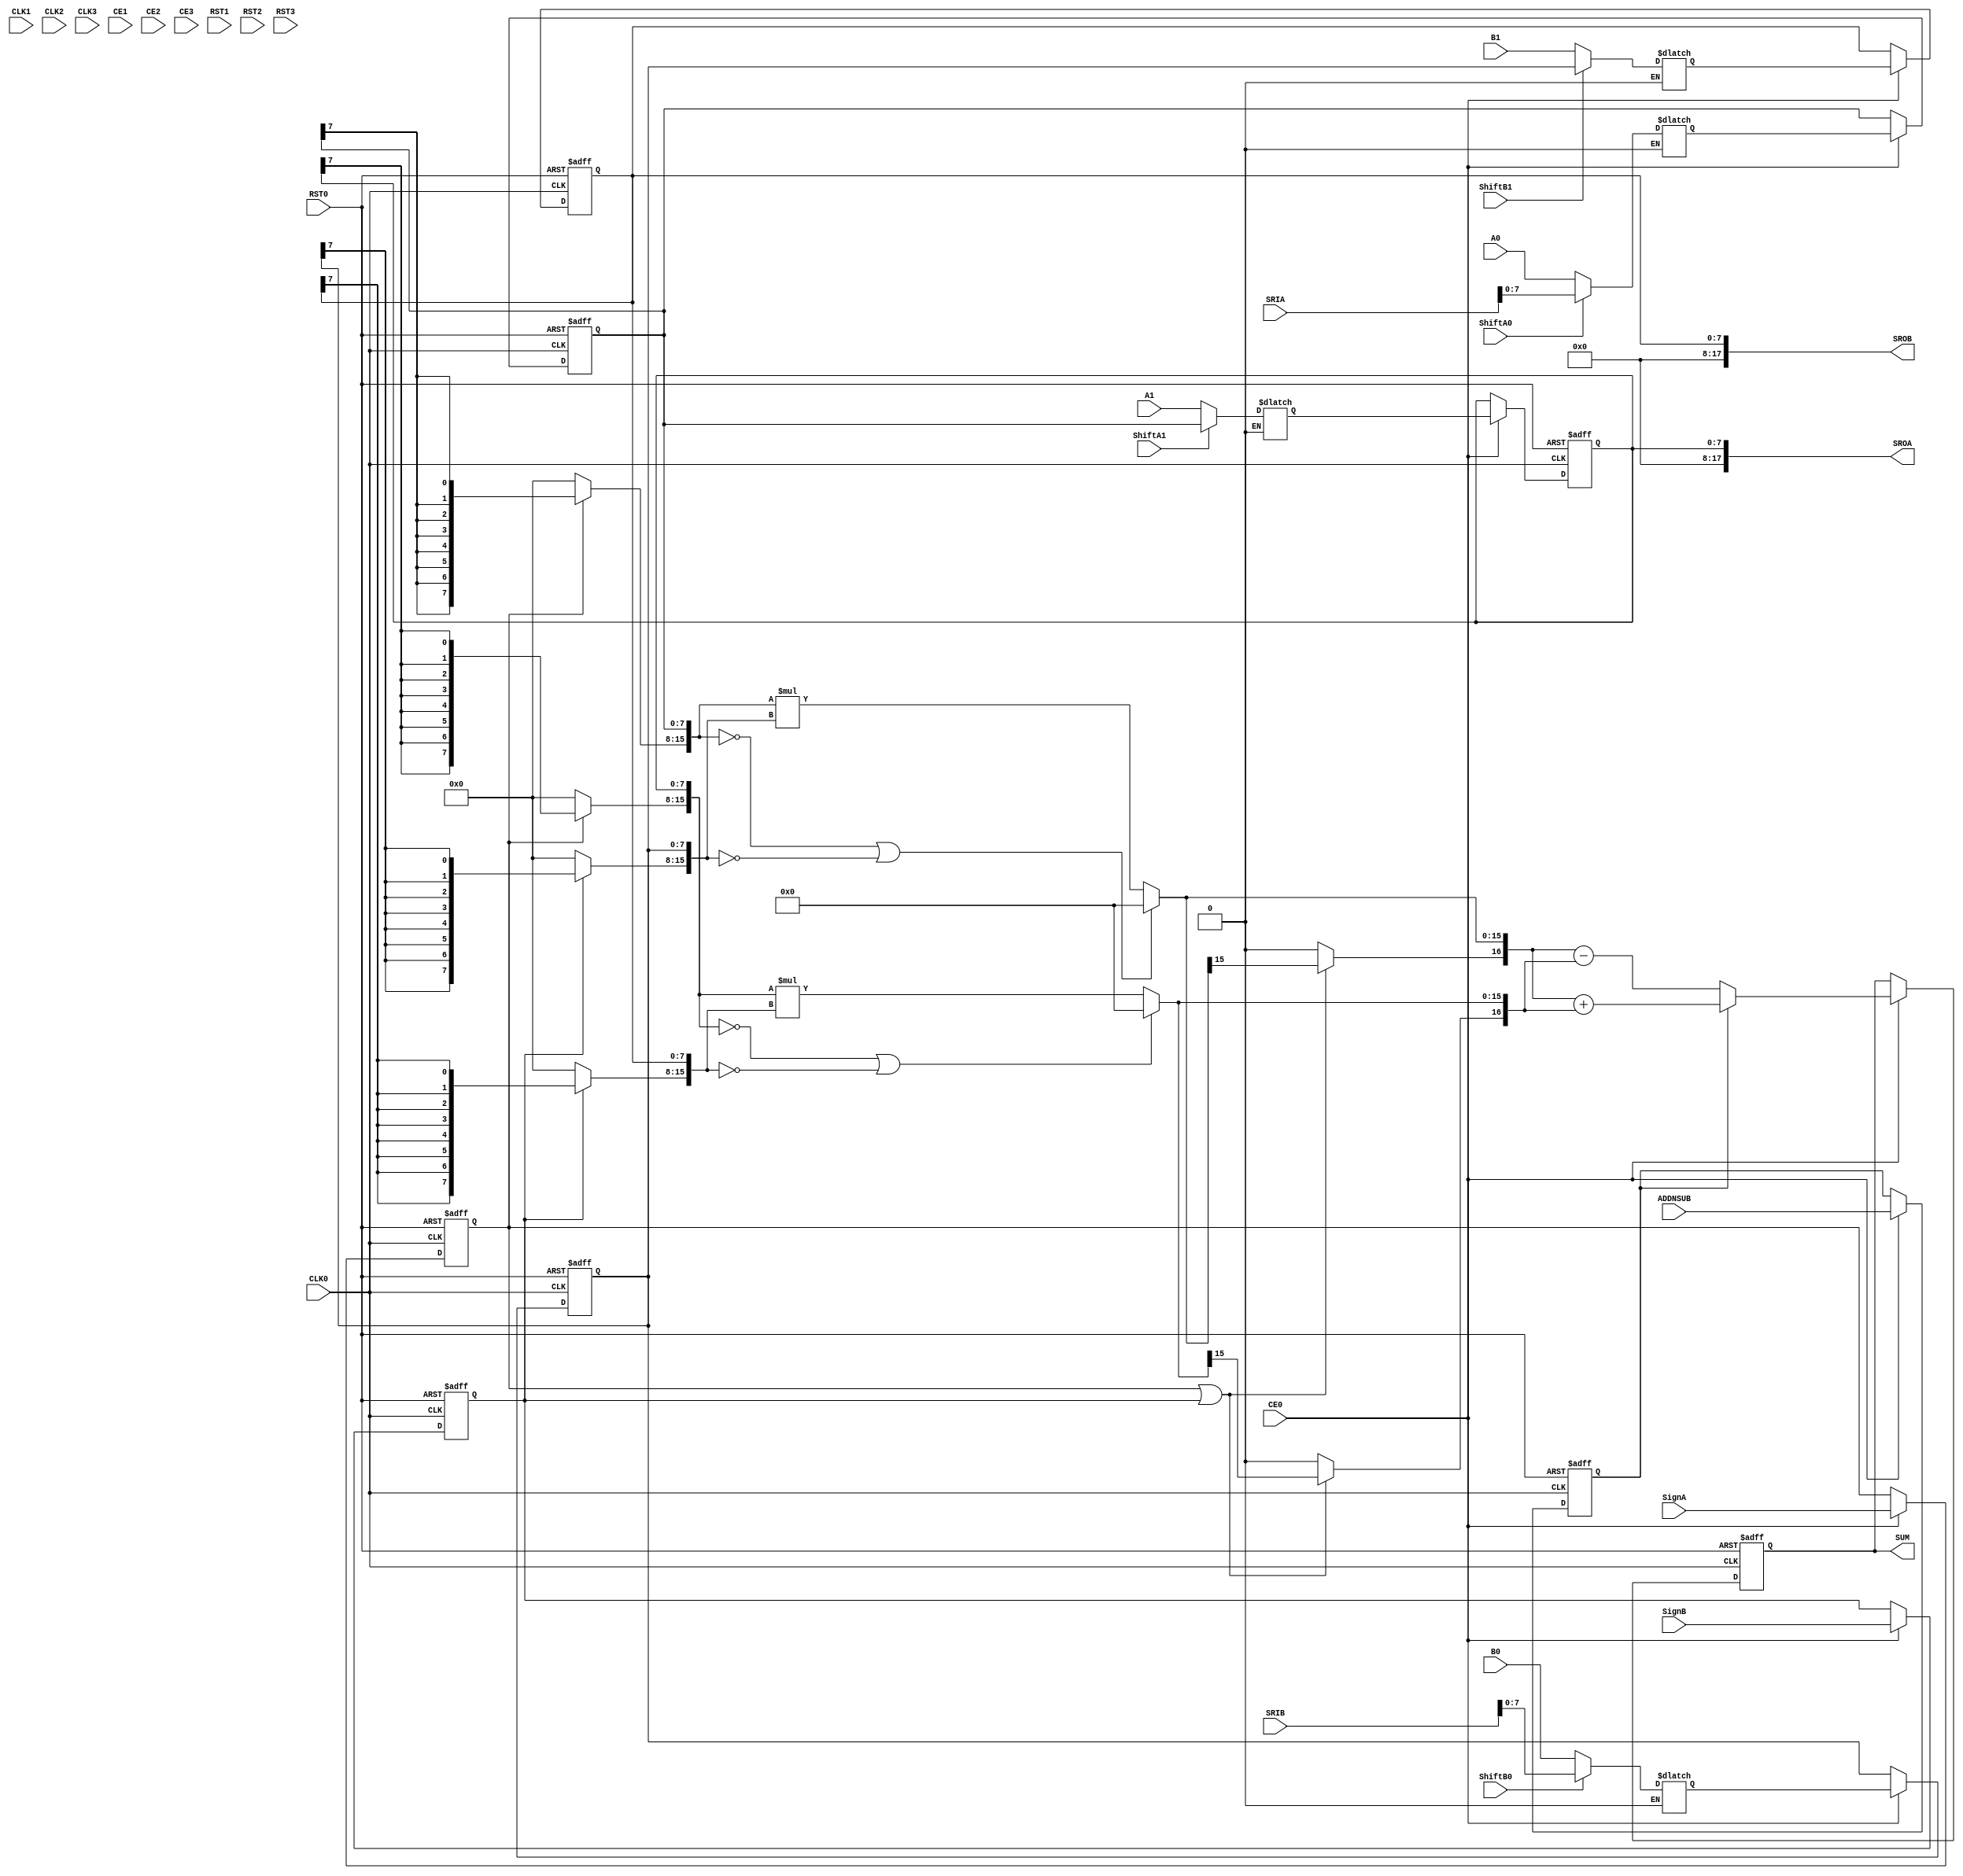
// --------------------------------------------------------------------
// >>>>>>>>>>>>>>>>>>>>>>>>> COPYRIGHT NOTICE <<<<<<<<<<<<<<<<<<<<<<<<<
// --------------------------------------------------------------------
// Copyright (c) 2005-2010 by Lattice Semiconductor Corporation
// --------------------------------------------------------------------
//
//
//                     Lattice Semiconductor Corporation
//                     5555 NE Moore Court
//                     Hillsboro, OR 97214
//                     U.S.A.
//
//                     TEL: 1-800-Lattice  (USA and Canada)
//                          1-408-826-6000 (other locations)
//
//                     web: http://www.latticesemi.com/
//
// --------------------------------------------------------------------
//
// Simulation Library File for DSP based Multiplier PMI
//
// Parameter Definition
//Name                               Value                             Default
/*
------------------------------------------------------------------------------
  pmi_dataa_width                   2 to 72                               8
  pmi_datab_width                   2 to 72                               8
  pmi_additional_pipeline           0 | 1                                 0
  pmi_input_reg                    "on"|"off"                           "on"
  pmi_output_reg                   "on"|"off"                           "on"
  pmi_family          "ECP"|"ECP2"|"ECP2M"|"XP2"|"ECP3"|"ECP4"          "ECP2"
  pmi_gsr                          "enable"|"disable"                 "enable"
  pmi_source_control_a0            "parallel"|"shift"               "parallel"
  pmi_source_control_a1            "parallel"|"shift"               "parallel"
  pmi_source_control_b0            "parallel"|"shift"               "parallel"
  pmi_source_control_b1            "parallel"|"shift"               "parallel"
  pmi_reg_inputa0_clk              "CLK0"|"CLK1"|"CLK2"|"CLK3"          "CLK0"
  pmi_reg_inputa0_ce               "CE0"|"CE1"|"CE2"|"CE3"              "CE0"
  pmi_reg_inputa0_rst              "RST0"|"RST1"|"RST2"|"RST3"          "RST0"
  pmi_reg_inputa1_clk              "CLK0"|"CLK1"|"CLK2"|"CLK3"          "CLK0"
  pmi_reg_inputa1_ce               "CE0"|"CE1"|"CE2"|"CE3"              "CE0"
  pmi_reg_inputa1_rst              "RST0"|"RST1"|"RST2"|"RST3"          "RST0"
  pmi_reg_inputb0_clk              "CLK0"|"CLK1"|"CLK2"|"CLK3"          "CLK0"
  pmi_reg_inputb0_ce               "CE0"|"CE1"|"CE2"|"CE3"              "CE0"
  pmi_reg_inputb0_rst              "RST0"|"RST1"|"RST2"|"RST3"          "RST0"
  pmi_reg_inputb1_clk              "CLK0"|"CLK1"|"CLK2"|"CLK3"          "CLK0"
  pmi_reg_inputb1_ce               "CE0"|"CE1"|"CE2"|"CE3"              "CE0"
  pmi_reg_inputb1_rst              "RST0"|"RST1"|"RST2"|"RST3"          "RST0"
  pmi_reg_pipeline0_clk            "CLK0"|"CLK1"|"CLK2"|"CLK3"          "CLK0"
  pmi_reg_pipeline0_ce             "CE0"|"CE1"|"CE2"|"CE3"              "CE0"
  pmi_reg_pipeline0_rst            "RST0"|"RST1"|"RST2"|"RST3"          "RST0"
  pmi_reg_pipeline1_clk            "CLK0"|"CLK1"|"CLK2"|"CLK3"          "CLK0"
  pmi_reg_pipeline1_ce             "CE0"|"CE1"|"CE2"|"CE3"              "CE0"
  pmi_reg_pipeline1_rst            "RST0"|"RST1"|"RST2"|"RST3"          "RST0"
  pmi_reg_output_clk               "CLK0"|"CLK1"|"CLK2"|"CLK3"          "CLK0"
  pmi_reg_output_ce                "CE0"|"CE1"|"CE2"|"CE3"              "CE0"
  pmi_reg_output_rst               "RST0"|"RST1"|"RST2"|"RST3"          "RST0"
  pmi_reg_signeda_0_clk            "CLK0"|"CLK1"|"CLK2"|"CLK3"          "CLK0"
  pmi_reg_signeda_0_ce             "CE0"|"CE1"|"CE2"|"CE3"              "CE0"
  pmi_reg_signeda_0_rst            "RST0"|"RST1"|"RST2"|"RST3"          "RST0"
  pmi_reg_signeda_1_clk            "CLK0"|"CLK1"|"CLK2"|"CLK3"          "CLK0"
  pmi_reg_signeda_1_ce             "CE0"|"CE1"|"CE2"|"CE3"              "CE0"
  pmi_reg_signeda_1_rst            "RST0"|"RST1"|"RST2"|"RST3"          "RST0"
  pmi_reg_signedb_0_clk            "CLK0"|"CLK1"|"CLK2"|"CLK3"          "CLK0"
  pmi_reg_signedb_0_ce             "CE0"|"CE1"|"CE2"|"CE3"              "CE0"
  pmi_reg_signedb_0_rst            "RST0"|"RST1"|"RST2"|"RST3"          "RST0"
  pmi_reg_signedb_1_clk            "CLK0"|"CLK1"|"CLK2"|"CLK3"          "CLK0"
  pmi_reg_signedb_1_ce             "CE0"|"CE1"|"CE2"|"CE3"              "CE0"
  pmi_reg_signedb_1_rst            "RST0"|"RST1"|"RST2"|"RST3"          "RST0"
  pmi_reg_addnsub_0_clk            "CLK0"|"CLK1"|"CLK2"|"CLK3"          "CLK0"
  pmi_reg_addnsub_0_ce             "CE0"|"CE1"|"CE2"|"CE3"              "CE0"
  pmi_reg_addnsub_0_rst            "RST0"|"RST1"|"RST2"|"RST3"          "RST0"
  pmi_reg_addnsub_1_clk            "CLK0"|"CLK1"|"CLK2"|"CLK3"          "CLK0"
  pmi_reg_addnsub_1_ce             "CE0"|"CE1"|"CE2"|"CE3"              "CE0"
  pmi_reg_addnsub_1_rst            "RST0"|"RST1"|"RST2"|"RST3"          "RST0"
  pmi_pipelined_mode               "on"|"off"                           "off"
------------------------------------------------------------------------------
*/
// fpga\verilog\pkg\versclibs\data\pmi\pmi_dsp_multaddsub.v 1.20 31-DEC-2010 08:44:34 IALMOHAN
//

`timescale  1 ns / 1 ps

module pmi_dsp_multaddsub
 #(parameter pmi_dataa_width = 8,
   parameter pmi_datab_width = 8,
   parameter pmi_additional_pipeline = 0,
   parameter pmi_input_reg = "on",
   parameter pmi_output_reg = "on",
   parameter pmi_family = "ECP2",
   parameter pmi_gsr = "enable",
   parameter pmi_source_control_a0 = "parallel",
   parameter pmi_source_control_a1 = "parallel",
   parameter pmi_source_control_b0 = "parallel",
   parameter pmi_source_control_b1 = "parallel",
   parameter pmi_reg_inputa0_clk = "CLK0",
   parameter pmi_reg_inputa0_ce = "CE0",
   parameter pmi_reg_inputa0_rst = "RST0",
   parameter pmi_reg_inputa1_clk = "CLK0",
   parameter pmi_reg_inputa1_ce = "CE0",
   parameter pmi_reg_inputa1_rst = "RST0",
   parameter pmi_reg_inputb0_clk = "CLK0",
   parameter pmi_reg_inputb0_ce = "CE0",
   parameter pmi_reg_inputb0_rst = "RST0",
   parameter pmi_reg_inputb1_clk = "CLK0",
   parameter pmi_reg_inputb1_ce = "CE0",
   parameter pmi_reg_inputb1_rst = "RST0",
   parameter pmi_reg_pipeline0_clk = "CLK0",
   parameter pmi_reg_pipeline0_ce = "CE0",
   parameter pmi_reg_pipeline0_rst = "RST0",
   parameter pmi_reg_pipeline1_clk = "CLK0",
   parameter pmi_reg_pipeline1_ce = "CE0",
   parameter pmi_reg_pipeline1_rst = "RST0",
   parameter pmi_reg_output_clk = "CLK0",
   parameter pmi_reg_output_ce = "CE0",
   parameter pmi_reg_output_rst = "RST0",
   parameter pmi_reg_signeda_0_clk = "CLK0",
   parameter pmi_reg_signeda_0_ce = "CE0",
   parameter pmi_reg_signeda_0_rst = "RST0",
   parameter pmi_reg_signeda_1_clk = "CLK0",
   parameter pmi_reg_signeda_1_ce = "CE0",
   parameter pmi_reg_signeda_1_rst = "RST0",
   parameter pmi_reg_signedb_0_clk = "CLK0",
   parameter pmi_reg_signedb_0_ce = "CE0",
   parameter pmi_reg_signedb_0_rst = "RST0",
   parameter pmi_reg_signedb_1_clk = "CLK0",
   parameter pmi_reg_signedb_1_ce = "CE0",
   parameter pmi_reg_signedb_1_rst = "RST0",
   parameter pmi_reg_addnsub_0_clk = "CLK0",
   parameter pmi_reg_addnsub_0_ce = "CE0",
   parameter pmi_reg_addnsub_0_rst = "RST0",
   parameter pmi_reg_addnsub_1_clk = "CLK0",
   parameter pmi_reg_addnsub_1_ce = "CE0",
   parameter pmi_reg_addnsub_1_rst = "RST0",
   parameter pmi_pipelined_mode = "off",
   parameter module_type = "pmi_dsp_multaddsub")

  (input [(pmi_dataa_width-1):0]       A0, 
   input [(pmi_dataa_width-1):0]       A1,
   input [(pmi_datab_width-1):0]       B0, 
   input [(pmi_datab_width-1):0]       B1,
   input [17:0]       SRIA,
   input [17:0]       SRIB,
   input CLK0,
   input CLK1,
   input CLK2,
   input CLK3,
   input CE0,
   input CE1,
   input CE2,
   input CE3,
   input RST0,
   input RST1,
   input RST2,
   input RST3,
   input SignA,
   input SignB,
   input ShiftA0,
   input ShiftA1,
   input ShiftB0,
   input ShiftB1,
   input ADDNSUB,
   output [(pmi_dataa_width + pmi_datab_width):0]  SUM,
   output [17:0]  SROA,
   output [17:0]  SROB)/*synthesis syn_black_box*/;

//pragma translate_off
reg [(pmi_dataa_width + pmi_datab_width):0] sum_o, sum_o2, sum_o3;
reg input_a0_clk_sig, input_b0_clk_sig;
reg input_a1_clk_sig, input_b1_clk_sig;
reg pipeline0_clk_sig, pipeline1_clk_sig, output_clk_sig;
reg reg_ctrl_clk_sig_a_0, reg_ctrl_clk_sig_b_0;
reg reg_ctrl_clk_sig_a_1, reg_ctrl_clk_sig_b_1;
reg input_a0_ce_sig, input_b0_ce_sig;
reg input_a1_ce_sig, input_b1_ce_sig;
reg pipeline0_ce_sig, pipeline1_ce_sig, output_ce_sig;
reg reg_ctrl_ce_sig_a_0, reg_ctrl_ce_sig_b_0;
reg reg_ctrl_ce_sig_a_1, reg_ctrl_ce_sig_b_1;
reg input_a0_rst_sig, input_b0_rst_sig;
reg input_a1_rst_sig, input_b1_rst_sig;
reg pipeline0_rst_sig, pipeline1_rst_sig, output_rst_sig;
reg reg_ctrl_rst_sig_a_0, reg_ctrl_rst_sig_b_0;
reg reg_ctrl_rst_sig_a_1, reg_ctrl_rst_sig_b_1;
reg reg_addnsub_0_clk_sig, reg_addnsub_1_clk_sig;
reg reg_addnsub_0_ce_sig, reg_addnsub_1_ce_sig;
reg reg_addnsub_0_rst_sig, reg_addnsub_1_rst_sig;
reg signeda_reg2, signedb_reg2;
reg addnsub_reg1, addnsub_p1, addnsub_reg2, addnsub_p2;
reg [(pmi_dataa_width-1):0] a0_sig;
reg [(pmi_dataa_width-1):0] a1_sig;
reg [(pmi_dataa_width-1):0] a0_sig_reg;
reg [(pmi_dataa_width-1):0] a1_sig_reg;
reg [(pmi_dataa_width-1):0] a0_sig_p;
reg [(pmi_dataa_width-1):0] a1_sig_p;
reg [(pmi_datab_width-1):0] b0_sig;
reg [(pmi_datab_width-1):0] b1_sig;
reg [(pmi_datab_width-1):0] b0_sig_reg;
reg [(pmi_datab_width-1):0] b1_sig_reg;
reg [(pmi_datab_width-1):0] b0_sig_p;
reg [(pmi_datab_width-1):0] b1_sig_p;
reg signeda_reg1, signeda_p1, signeda_p2;
reg signedb_reg1, signedb_p1, signedb_p2;
reg [(pmi_dataa_width + pmi_datab_width - 1):0] a0_sig_m;
reg [(pmi_dataa_width + pmi_datab_width - 1):0] a1_sig_m;
reg [(pmi_dataa_width + pmi_datab_width - 1):0] b0_sig_m;
reg [(pmi_dataa_width + pmi_datab_width - 1):0] b1_sig_m;
wire [(pmi_dataa_width + pmi_datab_width - 1):0] p0_sig_i;
wire [(pmi_dataa_width + pmi_datab_width - 1):0] p1_sig_i;
reg [(pmi_dataa_width + pmi_datab_width):0] p0_sig_i_e;
reg [(pmi_dataa_width + pmi_datab_width):0] p1_sig_i_e;
reg [(pmi_dataa_width + pmi_datab_width - 1):0] p0_sig_i_e_reg;
reg [(pmi_dataa_width + pmi_datab_width - 1):0] p0_sig_i_e_reg1;
reg [(pmi_dataa_width + pmi_datab_width - 1):0] p1_sig_i_e_reg;
reg [(pmi_dataa_width + pmi_datab_width - 1):0] p1_sig_i_e_reg1;
reg [(pmi_dataa_width + pmi_datab_width):0] sum_reg1, sum_reg2, sum_reg3;
wire [(pmi_dataa_width + pmi_datab_width):0] sum_sig_i;
wire SignB_new;

initial
   if (pmi_pipelined_mode == "on" && pmi_family != "ECP3")
   begin
      $display ("Error! Fully-pipelined mode is not supported for this device family!");
      $stop;
   end
   else if (pmi_pipelined_mode == "on" && (pmi_output_reg == "off" || pmi_additional_pipeline == 0))
   begin
      $display ("Error! Fully-pipelined mode must have both output and pipeline registers on!");
      $stop;
   end

    assign SignB_new = (pmi_family == "ECP") ? SignA : SignB;

    always @(CLK0 or CLK1 or CLK2 or CLK3)
    begin
      if (pmi_reg_inputa0_clk == "CLK0")
          input_a0_clk_sig = CLK0;
      else if (pmi_reg_inputa0_clk == "CLK1")
          input_a0_clk_sig = CLK1;
      else if (pmi_reg_inputa0_clk == "CLK2")
          input_a0_clk_sig = CLK2;
      else if (pmi_reg_inputa0_clk == "CLK3")
          input_a0_clk_sig = CLK3;
    end

    always @(CLK0 or CLK1 or CLK2 or CLK3)
    begin
      if (pmi_reg_inputa1_clk == "CLK0")
          input_a1_clk_sig = CLK0;
      else if (pmi_reg_inputa1_clk == "CLK1")
          input_a1_clk_sig = CLK1;
      else if (pmi_reg_inputa1_clk == "CLK2")
          input_a1_clk_sig = CLK2;
      else if (pmi_reg_inputa1_clk == "CLK3")
          input_a1_clk_sig = CLK3;
    end

    always @(CLK0 or CLK1 or CLK2 or CLK3)
    begin
      if (pmi_reg_inputb0_clk == "CLK0")
          input_b0_clk_sig = CLK0;
      else if (pmi_reg_inputb0_clk == "CLK1")
          input_b0_clk_sig = CLK1;
      else if (pmi_reg_inputb0_clk == "CLK2")
          input_b0_clk_sig = CLK2;
      else if (pmi_reg_inputb0_clk == "CLK3")
          input_b0_clk_sig = CLK3;
    end

    always @(CLK0 or CLK1 or CLK2 or CLK3)
    begin
      if (pmi_reg_inputb1_clk == "CLK0")
          input_b1_clk_sig = CLK0;
      else if (pmi_reg_inputb1_clk == "CLK1")
          input_b1_clk_sig = CLK1;
      else if (pmi_reg_inputb1_clk == "CLK2")
          input_b1_clk_sig = CLK2;
      else if (pmi_reg_inputb1_clk == "CLK3")
          input_b1_clk_sig = CLK3;
    end

    always @(CLK0 or CLK1 or CLK2 or CLK3)
    begin
      if (pmi_reg_pipeline0_clk == "CLK0")
          pipeline0_clk_sig = CLK0;
      else if (pmi_reg_pipeline0_clk == "CLK1")
          pipeline0_clk_sig = CLK1;
      else if (pmi_reg_pipeline0_clk == "CLK2")
          pipeline0_clk_sig = CLK2;
      else if (pmi_reg_pipeline0_clk == "CLK3")
          pipeline0_clk_sig = CLK3;
    end

    always @(CLK0 or CLK1 or CLK2 or CLK3)
    begin
      if (pmi_reg_pipeline1_clk == "CLK0")
          pipeline1_clk_sig = CLK0;
      else if (pmi_reg_pipeline1_clk == "CLK1")
          pipeline1_clk_sig = CLK1;
      else if (pmi_reg_pipeline1_clk == "CLK2")
          pipeline1_clk_sig = CLK2;
      else if (pmi_reg_pipeline1_clk == "CLK3")
          pipeline1_clk_sig = CLK3;
    end

    always @(CLK0 or CLK1 or CLK2 or CLK3)
    begin
      if (pmi_reg_output_clk == "CLK0")
          output_clk_sig = CLK0;
      else if (pmi_reg_output_clk == "CLK1")
          output_clk_sig = CLK1;
      else if (pmi_reg_output_clk == "CLK2")
          output_clk_sig = CLK2;
      else if (pmi_reg_output_clk == "CLK3")
          output_clk_sig = CLK3;
    end

    always @(CLK0 or CLK1 or CLK2 or CLK3)
    begin
      if (pmi_reg_signeda_0_clk == "CLK0")
          reg_ctrl_clk_sig_a_0 = CLK0;
      else if (pmi_reg_signeda_0_clk == "CLK1")
          reg_ctrl_clk_sig_a_0 = CLK1;
      else if (pmi_reg_signeda_0_clk == "CLK2")
          reg_ctrl_clk_sig_a_0 = CLK2;
      else if (pmi_reg_signeda_0_clk == "CLK3")
          reg_ctrl_clk_sig_a_0 = CLK3;
    end

    always @(CLK0 or CLK1 or CLK2 or CLK3)
    begin
      if (pmi_reg_signeda_1_clk == "CLK0")
          reg_ctrl_clk_sig_a_1 = CLK0;
      else if (pmi_reg_signeda_1_clk == "CLK1")
          reg_ctrl_clk_sig_a_1 = CLK1;
      else if (pmi_reg_signeda_1_clk == "CLK2")
          reg_ctrl_clk_sig_a_1 = CLK2;
      else if (pmi_reg_signeda_1_clk == "CLK3")
          reg_ctrl_clk_sig_a_1 = CLK3;
    end

    always @(CLK0 or CLK1 or CLK2 or CLK3)
    begin
      if (pmi_reg_signedb_0_clk == "CLK0")
          reg_ctrl_clk_sig_b_0 = CLK0;
      else if (pmi_reg_signedb_0_clk == "CLK1")
          reg_ctrl_clk_sig_b_0 = CLK1;
      else if (pmi_reg_signedb_0_clk == "CLK2")
          reg_ctrl_clk_sig_b_0 = CLK2;
      else if (pmi_reg_signedb_0_clk == "CLK3")
          reg_ctrl_clk_sig_b_0 = CLK3;
    end

    always @(CLK0 or CLK1 or CLK2 or CLK3)
    begin
      if (pmi_reg_signedb_1_clk == "CLK0")
          reg_ctrl_clk_sig_b_1 = CLK0;
      else if (pmi_reg_signedb_1_clk == "CLK1")
          reg_ctrl_clk_sig_b_1 = CLK1;
      else if (pmi_reg_signedb_1_clk == "CLK2")
          reg_ctrl_clk_sig_b_1 = CLK2;
      else if (pmi_reg_signedb_1_clk == "CLK3")
          reg_ctrl_clk_sig_b_1 = CLK3;
    end

    always @(CE0 or CE1 or CE2 or CE3)
    begin
      if (pmi_reg_inputa0_ce == "CE0")
          input_a0_ce_sig = CE0;
      else if (pmi_reg_inputa0_ce == "CE1")
          input_a0_ce_sig = CE1;
      else if (pmi_reg_inputa0_ce == "CE2")
          input_a0_ce_sig = CE2;
      else if (pmi_reg_inputa0_ce == "CE3")
          input_a0_ce_sig = CE3;
    end

    always @(CE0 or CE1 or CE2 or CE3)
    begin
      if (pmi_reg_inputa1_ce == "CE0")
          input_a1_ce_sig = CE0;
      else if (pmi_reg_inputa1_ce == "CE1")
          input_a1_ce_sig = CE1;
      else if (pmi_reg_inputa1_ce == "CE2")
          input_a1_ce_sig = CE2;
      else if (pmi_reg_inputa1_ce == "CE3")
          input_a1_ce_sig = CE3;
    end

    always @(CE0 or CE1 or CE2 or CE3)
    begin
      if (pmi_reg_inputb0_ce == "CE0")
          input_b0_ce_sig = CE0;
      else if (pmi_reg_inputb0_ce == "CE1")
          input_b0_ce_sig = CE1;
      else if (pmi_reg_inputb0_ce == "CE2")
          input_b0_ce_sig = CE2;
      else if (pmi_reg_inputb0_ce == "CE3")
          input_b0_ce_sig = CE3;
    end

    always @(CE0 or CE1 or CE2 or CE3)
    begin
      if (pmi_reg_inputb1_ce == "CE0")
          input_b1_ce_sig = CE0;
      else if (pmi_reg_inputb1_ce == "CE1")
          input_b1_ce_sig = CE1;
      else if (pmi_reg_inputb1_ce == "CE2")
          input_b1_ce_sig = CE2;
      else if (pmi_reg_inputb1_ce == "CE3")
          input_b1_ce_sig = CE3;
    end

    always @(CE0 or CE1 or CE2 or CE3)
    begin
      if (pmi_reg_pipeline0_ce == "CE0")
          pipeline0_ce_sig = CE0;
      else if (pmi_reg_pipeline0_ce == "CE1")
          pipeline0_ce_sig = CE1;
      else if (pmi_reg_pipeline0_ce == "CE2")
          pipeline0_ce_sig = CE2;
      else if (pmi_reg_pipeline0_ce == "CE3")
          pipeline0_ce_sig = CE3;
    end

    always @(CE0 or CE1 or CE2 or CE3)
    begin
      if (pmi_reg_pipeline1_ce == "CE0")
          pipeline1_ce_sig = CE0;
      else if (pmi_reg_pipeline1_ce == "CE1")
          pipeline1_ce_sig = CE1;
      else if (pmi_reg_pipeline1_ce == "CE2")
          pipeline1_ce_sig = CE2;
      else if (pmi_reg_pipeline1_ce == "CE3")
          pipeline1_ce_sig = CE3;
    end

    always @(CE0 or CE1 or CE2 or CE3)
    begin
      if (pmi_reg_output_ce == "CE0")
          output_ce_sig = CE0;
      else if (pmi_reg_output_ce == "CE1")
          output_ce_sig = CE1;
      else if (pmi_reg_output_ce == "CE2")
          output_ce_sig = CE2;
      else if (pmi_reg_output_ce == "CE3")
          output_ce_sig = CE3;
    end

    always @(CE0 or CE1 or CE2 or CE3)
    begin
      if (pmi_reg_signeda_0_ce == "CE0")
          reg_ctrl_ce_sig_a_0 = CE0;
      else if (pmi_reg_signeda_0_ce == "CE1")
          reg_ctrl_ce_sig_a_0 = CE1;
      else if (pmi_reg_signeda_0_ce == "CE2")
          reg_ctrl_ce_sig_a_0 = CE2;
      else if (pmi_reg_signeda_0_ce == "CE3")
          reg_ctrl_ce_sig_a_0 = CE3;
    end

    always @(CE0 or CE1 or CE2 or CE3)
    begin
      if (pmi_reg_signeda_1_ce == "CE0")
          reg_ctrl_ce_sig_a_1 = CE0;
      else if (pmi_reg_signeda_1_ce == "CE1")
          reg_ctrl_ce_sig_a_1 = CE1;
      else if (pmi_reg_signeda_1_ce == "CE2")
          reg_ctrl_ce_sig_a_1 = CE2;
      else if (pmi_reg_signeda_1_ce == "CE3")
          reg_ctrl_ce_sig_a_1 = CE3;
    end

    always @(CE0 or CE1 or CE2 or CE3)
    begin
      if (pmi_reg_signedb_0_ce == "CE0")
          reg_ctrl_ce_sig_b_0 = CE0;
      else if (pmi_reg_signedb_0_ce == "CE1")
          reg_ctrl_ce_sig_b_0 = CE1;
      else if (pmi_reg_signedb_0_ce == "CE2")
          reg_ctrl_ce_sig_b_0 = CE2;
      else if (pmi_reg_signedb_0_ce == "CE3")
          reg_ctrl_ce_sig_b_0 = CE3;
    end

    always @(CE0 or CE1 or CE2 or CE3)
    begin
      if (pmi_reg_signedb_1_ce == "CE0")
          reg_ctrl_ce_sig_b_1 = CE0;
      else if (pmi_reg_signedb_1_ce == "CE1")
          reg_ctrl_ce_sig_b_1 = CE1;
      else if (pmi_reg_signedb_1_ce == "CE2")
          reg_ctrl_ce_sig_b_1 = CE2;
      else if (pmi_reg_signedb_1_ce == "CE3")
          reg_ctrl_ce_sig_b_1 = CE3;
    end

    always @(RST0 or RST1 or RST2 or RST3)
    begin
      if (pmi_reg_inputa0_rst == "RST0")
          input_a0_rst_sig = RST0;
      else if (pmi_reg_inputa0_rst == "RST1")
          input_a0_rst_sig = RST1;
      else if (pmi_reg_inputa0_rst == "RST2")
          input_a0_rst_sig = RST2;
      else if (pmi_reg_inputa0_rst == "RST3")
          input_a0_rst_sig = RST3;
    end

    always @(RST0 or RST1 or RST2 or RST3)
    begin
      if (pmi_reg_inputa1_rst == "RST0")
          input_a1_rst_sig = RST0;
      else if (pmi_reg_inputa1_rst == "RST1")
          input_a1_rst_sig = RST1;
      else if (pmi_reg_inputa1_rst == "RST2")
          input_a1_rst_sig = RST2;
      else if (pmi_reg_inputa1_rst == "RST3")
          input_a1_rst_sig = RST3;
    end

    always @(RST0 or RST1 or RST2 or RST3)
    begin
      if (pmi_reg_inputb0_rst == "RST0")
          input_b0_rst_sig = RST0;
      else if (pmi_reg_inputb0_rst == "RST1")
          input_b0_rst_sig = RST1;
      else if (pmi_reg_inputb0_rst == "RST2")
          input_b0_rst_sig = RST2;
      else if (pmi_reg_inputb0_rst == "RST3")
          input_b0_rst_sig = RST3;
    end

    always @(RST0 or RST1 or RST2 or RST3)
    begin
      if (pmi_reg_inputb1_rst == "RST0")
          input_b1_rst_sig = RST0;
      else if (pmi_reg_inputb1_rst == "RST1")
          input_b1_rst_sig = RST1;
      else if (pmi_reg_inputb1_rst == "RST2")
          input_b1_rst_sig = RST2;
      else if (pmi_reg_inputb1_rst == "RST3")
          input_b1_rst_sig = RST3;
    end

    always @(RST0 or RST1 or RST2 or RST3)
    begin
      if (pmi_reg_pipeline0_rst == "RST0")
          pipeline0_rst_sig = RST0;
      else if (pmi_reg_pipeline0_rst == "RST1")
          pipeline0_rst_sig = RST1;
      else if (pmi_reg_pipeline0_rst == "RST2")
          pipeline0_rst_sig = RST2;
      else if (pmi_reg_pipeline0_rst == "RST3")
          pipeline0_rst_sig = RST3;
    end

    always @(RST0 or RST1 or RST2 or RST3)
    begin
      if (pmi_reg_pipeline1_rst == "RST0")
          pipeline1_rst_sig = RST0;
      else if (pmi_reg_pipeline1_rst == "RST1")
          pipeline1_rst_sig = RST1;
      else if (pmi_reg_pipeline1_rst == "RST2")
          pipeline1_rst_sig = RST2;
      else if (pmi_reg_pipeline1_rst == "RST3")
          pipeline1_rst_sig = RST3;
    end

    always @(RST0 or RST1 or RST2 or RST3)
    begin
      if (pmi_reg_output_rst == "RST0")
          output_rst_sig = RST0;
      else if (pmi_reg_output_rst == "RST1")
          output_rst_sig = RST1;
      else if (pmi_reg_output_rst == "RST2")
          output_rst_sig = RST2;
      else if (pmi_reg_output_rst == "RST3")
          output_rst_sig = RST3;
    end

    always @(RST0 or RST1 or RST2 or RST3)
    begin
      if (pmi_reg_signeda_0_rst == "RST0")
          reg_ctrl_rst_sig_a_0 = RST0;
      else if (pmi_reg_signeda_0_rst == "RST1")
          reg_ctrl_rst_sig_a_0 = RST1;
      else if (pmi_reg_signeda_0_rst == "RST2")
          reg_ctrl_rst_sig_a_0 = RST2;
      else if (pmi_reg_signeda_0_rst == "RST3")
          reg_ctrl_rst_sig_a_0 = RST3;
    end

    always @(RST0 or RST1 or RST2 or RST3)
    begin
      if (pmi_reg_signeda_1_rst == "RST0")
          reg_ctrl_rst_sig_a_1 = RST0;
      else if (pmi_reg_signeda_1_rst == "RST1")
          reg_ctrl_rst_sig_a_1 = RST1;
      else if (pmi_reg_signeda_1_rst == "RST2")
          reg_ctrl_rst_sig_a_1 = RST2;
      else if (pmi_reg_signeda_1_rst == "RST3")
          reg_ctrl_rst_sig_a_1 = RST3;
    end

    always @(RST0 or RST1 or RST2 or RST3)
    begin
      if (pmi_reg_signedb_0_rst == "RST0")
          reg_ctrl_rst_sig_b_0 = RST0;
      else if (pmi_reg_signedb_0_rst == "RST1")
          reg_ctrl_rst_sig_b_0 = RST1;
      else if (pmi_reg_signedb_0_rst == "RST2")
          reg_ctrl_rst_sig_b_0 = RST2;
      else if (pmi_reg_signedb_0_rst == "RST3")
          reg_ctrl_rst_sig_b_0 = RST3;
    end

    always @(RST0 or RST1 or RST2 or RST3)
    begin
      if (pmi_reg_signedb_1_rst == "RST0")
          reg_ctrl_rst_sig_b_1 = RST0;
      else if (pmi_reg_signedb_1_rst == "RST1")
          reg_ctrl_rst_sig_b_1 = RST1;
      else if (pmi_reg_signedb_1_rst == "RST2")
          reg_ctrl_rst_sig_b_1 = RST2;
      else if (pmi_reg_signedb_1_rst == "RST3")
          reg_ctrl_rst_sig_b_1 = RST3;
    end

    always @(CLK0 or CLK1 or CLK2 or CLK3)
    begin
      if (pmi_reg_addnsub_0_clk == "CLK0")
          reg_addnsub_0_clk_sig = CLK0;
      else if (pmi_reg_addnsub_0_clk == "CLK1")
          reg_addnsub_0_clk_sig = CLK1;
      else if (pmi_reg_addnsub_0_clk == "CLK2")
          reg_addnsub_0_clk_sig = CLK2;
      else if (pmi_reg_addnsub_0_clk == "CLK3")
          reg_addnsub_0_clk_sig = CLK3;
    end

    always @(CLK0 or CLK1 or CLK2 or CLK3)
    begin
      if (pmi_reg_addnsub_1_clk == "CLK0")
          reg_addnsub_1_clk_sig = CLK0;
      else if (pmi_reg_addnsub_1_clk == "CLK1")
          reg_addnsub_1_clk_sig = CLK1;
      else if (pmi_reg_addnsub_1_clk == "CLK2")
          reg_addnsub_1_clk_sig = CLK2;
      else if (pmi_reg_addnsub_1_clk == "CLK3")
          reg_addnsub_1_clk_sig = CLK3;
    end

    always @(CE0 or CE1 or CE2 or CE3)
    begin
      if (pmi_reg_addnsub_0_ce == "CE0")
          reg_addnsub_0_ce_sig = CE0;
      else if (pmi_reg_addnsub_0_ce == "CE1")
          reg_addnsub_0_ce_sig = CE1;
      else if (pmi_reg_addnsub_0_ce == "CE2")
          reg_addnsub_0_ce_sig = CE2;
      else if (pmi_reg_addnsub_0_ce == "CE3")
          reg_addnsub_0_ce_sig = CE3;
    end

    always @(CE0 or CE1 or CE2 or CE3)
    begin
      if (pmi_reg_addnsub_1_ce == "CE0")
          reg_addnsub_1_ce_sig = CE0;
      else if (pmi_reg_addnsub_1_ce == "CE1")
          reg_addnsub_1_ce_sig = CE1;
      else if (pmi_reg_addnsub_1_ce == "CE2")
          reg_addnsub_1_ce_sig = CE2;
      else if (pmi_reg_addnsub_1_ce == "CE3")
          reg_addnsub_1_ce_sig = CE3;
    end

    always @(RST0 or RST1 or RST2 or RST3)
    begin
      if (pmi_reg_addnsub_0_rst == "RST0")
          reg_addnsub_0_rst_sig = RST0;
      else if (pmi_reg_addnsub_0_rst == "RST1")
          reg_addnsub_0_rst_sig = RST1;
      else if (pmi_reg_addnsub_0_rst == "RST2")
          reg_addnsub_0_rst_sig = RST2;
      else if (pmi_reg_addnsub_0_rst == "RST3")
          reg_addnsub_0_rst_sig = RST3;
    end

    always @(RST0 or RST1 or RST2 or RST3)
    begin
      if (pmi_reg_addnsub_1_rst == "RST0")
          reg_addnsub_1_rst_sig = RST0;
      else if (pmi_reg_addnsub_1_rst == "RST1")
          reg_addnsub_1_rst_sig = RST1;
      else if (pmi_reg_addnsub_1_rst == "RST2")
          reg_addnsub_1_rst_sig = RST2;
      else if (pmi_reg_addnsub_1_rst == "RST3")
          reg_addnsub_1_rst_sig = RST3;
    end

    always @(A0 or SRIA or ShiftA0)
    begin
      if (pmi_family == "ECP")
      begin
         if (pmi_source_control_a0 == "shift")
            a0_sig = SRIA;
         else
            a0_sig = A0;
      end
      else
      begin
         if (ShiftA0 == 1'b1)
             a0_sig = SRIA;
         else if (ShiftA0 == 1'b0)
             a0_sig = A0;
      end
    end

    always @(B0 or SRIB or ShiftB0)
    begin
      if (pmi_family == "ECP")
      begin
         if (pmi_source_control_b0 == "shift")
            b0_sig = SRIB;
         else
            b0_sig = B0;
      end
      else
      begin
         if (ShiftB0 == 1'b1)
             b0_sig = SRIB;
         else if (ShiftB0 == 1'b0)
             b0_sig = B0;
      end
    end

    always @(posedge input_a0_clk_sig or posedge input_a0_rst_sig)
    begin
      if (input_a0_rst_sig == 1'b1)
        begin
          a0_sig_reg = 0;
        end
      else if (input_a0_ce_sig == 1'b1)
        begin
          a0_sig_reg = a0_sig;
        end
    end

    always @(a0_sig or a0_sig_reg)
    begin
      if (pmi_input_reg == "off")
          a0_sig_p = a0_sig;
      else
          a0_sig_p = a0_sig_reg;
    end

    always @(posedge input_b0_clk_sig or posedge input_b0_rst_sig)
    begin
      if (input_b0_rst_sig == 1'b1)
        begin
          b0_sig_reg = 0;
        end
      else if (input_b0_ce_sig == 1'b1)
        begin
          b0_sig_reg = b0_sig;
        end
    end

    always @(b0_sig or b0_sig_reg)
    begin
      if (pmi_input_reg == "off")
          b0_sig_p = b0_sig;
      else
          b0_sig_p = b0_sig_reg;
    end

    always @(a0_sig_p or A1 or ShiftA1)
    begin
      if (pmi_family == "ECP")
      begin
         if (pmi_source_control_a1 == "shift")
            a1_sig = a0_sig_p;
         else
            a1_sig = A1;
      end
      else
      begin
         if (ShiftA1 == 1'b1)
             a1_sig = a0_sig_p;
         else if (ShiftA1 == 1'b0)
             a1_sig = A1;
      end
    end

    always @(b0_sig_p or B1 or ShiftB1)
    begin
      if (pmi_family == "ECP")
      begin
         if (pmi_source_control_b1 == "shift")
            b1_sig = b0_sig_p;
         else
            b1_sig = B1;
      end
      else
      begin
         if (ShiftB1 == 1'b1)
             b1_sig = b0_sig_p;
         else if (ShiftB1 == 1'b0)
             b1_sig = B1;
      end
    end

    always @(posedge input_a1_clk_sig or posedge input_a1_rst_sig)
    begin
      if (input_a1_rst_sig == 1'b1)
        begin
          a1_sig_reg = 0;
        end
      else if (input_a1_ce_sig == 1'b1)
        begin
          a1_sig_reg = a1_sig;
        end
    end

    always @(a1_sig or a1_sig_reg)
    begin
      if (pmi_input_reg == "off")
          a1_sig_p = a1_sig;
      else
          a1_sig_p = a1_sig_reg;
    end

    always @(posedge input_b1_clk_sig or posedge input_b1_rst_sig)
    begin
      if (input_b1_rst_sig == 1'b1)
        begin
          b1_sig_reg = 0;
        end
      else if (input_b1_ce_sig == 1'b1)
        begin
          b1_sig_reg = b1_sig;
        end
    end

    always @(b1_sig or b1_sig_reg)
    begin
      if (pmi_input_reg == "off")
          b1_sig_p = b1_sig;
      else
          b1_sig_p = b1_sig_reg;
    end

    always @(posedge reg_ctrl_clk_sig_a_0 or posedge reg_ctrl_rst_sig_a_0)
    begin
      if (reg_ctrl_rst_sig_a_0 == 1'b1)
        begin
          signeda_reg1 <= 0;
        end
      else if (reg_ctrl_ce_sig_a_0 == 1'b1)
        begin
          signeda_reg1 <= SignA;
        end
    end

    always @(SignA or signeda_reg1)
    begin
      if (pmi_input_reg == "off")
          signeda_p1 = SignA;
      else
          signeda_p1 = signeda_reg1;
    end

    always @(posedge reg_ctrl_clk_sig_b_0 or posedge reg_ctrl_rst_sig_b_0)
    begin
      if (reg_ctrl_rst_sig_b_0 == 1'b1)
        begin
          signedb_reg1 <= 0;
        end
      else if (reg_ctrl_ce_sig_b_0 == 1'b1)
        begin
          signedb_reg1 <= SignB_new;
        end
    end

    always @(SignB_new or signedb_reg1)
    begin
      if (pmi_input_reg == "off")
          signedb_p1 = SignB_new;
      else
          signedb_p1 = signedb_reg1;
    end

    always @(posedge reg_ctrl_clk_sig_a_1 or posedge reg_ctrl_rst_sig_a_1)
    begin
      if (reg_ctrl_rst_sig_a_1 == 1'b1)
        begin
          signeda_reg2 <= 0;
        end
      else if (reg_ctrl_ce_sig_a_1 == 1'b1)
        begin
          signeda_reg2 <= signeda_p1;
        end
    end

    always @(signeda_p1 or signeda_reg2)
    begin
      if (pmi_additional_pipeline == 0)
          signeda_p2 = signeda_p1;
      else
          signeda_p2 = signeda_reg2;
    end

    always @(posedge reg_ctrl_clk_sig_b_1 or posedge reg_ctrl_rst_sig_b_1)
    begin
      if (reg_ctrl_rst_sig_b_1 == 1'b1)
        begin
          signedb_reg2 <= 0;
        end
      else if (reg_ctrl_ce_sig_b_1 == 1'b1)
        begin
          signedb_reg2 <= signedb_p1;
        end
    end

    always @(signedb_p1 or signedb_reg2)
    begin
      if (pmi_additional_pipeline == 0)
          signedb_p2 = signedb_p1;
      else
          signedb_p2 = signedb_reg2;
    end

    always @(posedge reg_addnsub_0_clk_sig or posedge reg_addnsub_0_rst_sig)
    begin
      if (reg_addnsub_0_rst_sig == 1'b1)
        addnsub_reg1 <= 0;
      else if (reg_addnsub_0_ce_sig == 1'b1)
        addnsub_reg1 <= ADDNSUB;
    end

    always @(ADDNSUB or addnsub_reg1)
    begin
      if (pmi_input_reg == "off")
        addnsub_p1 <= ADDNSUB;
      else
        addnsub_p1 <= addnsub_reg1;
    end

    always @(posedge reg_addnsub_1_clk_sig or posedge reg_addnsub_1_rst_sig)
    begin
      if (reg_addnsub_1_rst_sig == 1'b1)
        addnsub_reg2 <= 0;
      else if (reg_addnsub_1_ce_sig == 1'b1)
        addnsub_reg2 <= addnsub_p1;
    end

    always @(addnsub_p1 or addnsub_reg2)
    begin
      if (pmi_additional_pipeline == 0)
        addnsub_p2 <= addnsub_p1;
      else
        addnsub_p2 <= addnsub_reg2;
    end

    always @(a0_sig_p or signeda_p1)
    begin
      if (signeda_p1 == 1'b1)
        begin
          a0_sig_m = {{(pmi_datab_width){a0_sig_p[(pmi_dataa_width - 1)]}} , a0_sig_p};
        end
      else
        begin
          a0_sig_m[(pmi_dataa_width - 1):0] =  a0_sig_p[(pmi_dataa_width - 1):0];
          a0_sig_m[(pmi_dataa_width + pmi_datab_width - 1):pmi_dataa_width] = 0;
        end
    end

    always @(b0_sig_p or signedb_p1)
    begin
      if (signedb_p1 == 1'b1)
        begin
          b0_sig_m = {{(pmi_dataa_width){b0_sig_p[(pmi_datab_width - 1)]}} , b0_sig_p};
        end
      else
        begin
          b0_sig_m[(pmi_datab_width - 1):0] =  b0_sig_p[(pmi_datab_width - 1):0];
          b0_sig_m[(pmi_dataa_width + pmi_datab_width - 1):pmi_datab_width] = 0;
        end
    end

    always @(a1_sig_p or signeda_p1)
    begin
      if (signeda_p1 == 1'b1)
        begin
          a1_sig_m = {{(pmi_datab_width){a1_sig_p[(pmi_dataa_width - 1)]}} , a1_sig_p};
        end
      else
        begin
          a1_sig_m[(pmi_dataa_width - 1):0] =  a1_sig_p[(pmi_dataa_width - 1):0];
          a1_sig_m[(pmi_dataa_width + pmi_datab_width - 1):pmi_dataa_width] = 0;
        end
    end

    always @(b1_sig_p or signedb_p1)
    begin
      if (signedb_p1 == 1'b1)
        begin
          b1_sig_m = {{(pmi_dataa_width){b1_sig_p[(pmi_datab_width - 1)]}} , b1_sig_p};
        end
      else
        begin
          b1_sig_m[(pmi_datab_width - 1):0] =  b1_sig_p[(pmi_datab_width - 1):0];
          b1_sig_m[(pmi_dataa_width + pmi_datab_width - 1):pmi_datab_width] = 0;
        end
    end

    assign p0_sig_i = (!a0_sig_m || !b0_sig_m)? 0 : a0_sig_m * b0_sig_m ;
    assign p1_sig_i = (!a1_sig_m || !b1_sig_m)? 0 : a1_sig_m * b1_sig_m ;

    always @(p0_sig_i_e_reg1 or signeda_p2 or signedb_p2)
    begin
      if ((signeda_p2 || signedb_p2) == 1'b1)
        begin
           p0_sig_i_e[(pmi_dataa_width + pmi_datab_width - 1):0] = p0_sig_i_e_reg1;
           p0_sig_i_e[(pmi_dataa_width + pmi_datab_width)] = p0_sig_i_e_reg1[(pmi_dataa_width + pmi_datab_width - 1)];
        end
      else
        begin
           p0_sig_i_e[(pmi_dataa_width + pmi_datab_width - 1):0] = p0_sig_i_e_reg1;
           p0_sig_i_e[(pmi_dataa_width + pmi_datab_width)] = 0;
        end
    end

    always @(p1_sig_i_e_reg1 or signeda_p2 or signedb_p2)
    begin
      if ((signeda_p2 || signedb_p2) == 1'b1)
        begin
           p1_sig_i_e[(pmi_dataa_width + pmi_datab_width - 1):0] = p1_sig_i_e_reg1;
           p1_sig_i_e[(pmi_dataa_width + pmi_datab_width)] = p1_sig_i_e_reg1[(pmi_dataa_width + pmi_datab_width - 1)];
        end
      else
        begin
           p1_sig_i_e[(pmi_dataa_width + pmi_datab_width - 1):0] = p1_sig_i_e_reg1;
           p1_sig_i_e[(pmi_dataa_width + pmi_datab_width)] = 0;
        end
    end

    always @(posedge pipeline0_clk_sig or posedge pipeline0_rst_sig)
    begin
      if (pipeline0_rst_sig == 1'b1)
          p0_sig_i_e_reg <= 0;
      else if (pipeline0_ce_sig == 1'b1)
          p0_sig_i_e_reg <= p0_sig_i;
    end

    always @(p0_sig_i or p0_sig_i_e_reg)
    begin
      if (pmi_additional_pipeline == 0)
          p0_sig_i_e_reg1 = p0_sig_i;
      else
          p0_sig_i_e_reg1 = p0_sig_i_e_reg;
    end

    always @(posedge pipeline1_clk_sig or posedge pipeline1_rst_sig)
    begin
      if (pipeline1_rst_sig == 1'b1)
          p1_sig_i_e_reg <= 0;
      else if (pipeline1_ce_sig == 1'b1)
          p1_sig_i_e_reg <= p1_sig_i;
    end

    always @(p1_sig_i or p1_sig_i_e_reg)
    begin
      if (pmi_additional_pipeline == 0)
          p1_sig_i_e_reg1 = p1_sig_i;
      else
          p1_sig_i_e_reg1 = p1_sig_i_e_reg;
    end

    assign sum_sig_i = addnsub_p2 ? (p0_sig_i_e + p1_sig_i_e) : (p0_sig_i_e - p1_sig_i_e);

    always @(posedge output_clk_sig or posedge output_rst_sig)
    begin
      if (output_rst_sig == 1'b1)
          sum_reg1 <= 0;
      else if (output_ce_sig == 1'b1)
          sum_reg1 <= sum_sig_i;
    end

    always @(sum_reg1 or sum_sig_i)
    begin
      if (pmi_output_reg == "off")
          sum_o = sum_sig_i;
      else
          sum_o = sum_reg1;
    end

    always @(posedge output_clk_sig or posedge output_rst_sig)
    begin
      if (output_rst_sig == 1'b1)
          sum_reg2 <= 0;
      else if (output_ce_sig == 1'b1)
          sum_reg2 <= sum_o;
    end

    always @(sum_reg2 or sum_o)
    begin
      if (pmi_pipelined_mode == "off")
          sum_o2 = sum_o;
      else
      begin
         if ( pmi_dataa_width <= 18 && pmi_datab_width <= 18 )
            sum_o2 = sum_o;
         else
            sum_o2 = sum_reg2;
      end
    end

    always @(posedge output_clk_sig or posedge output_rst_sig)
    begin
      if (output_rst_sig == 1'b1)
          sum_reg3 <= 0;
      else if (output_ce_sig == 1'b1)
          sum_reg3 <= sum_o2;
    end

    always @(sum_reg3 or sum_o2)
    begin
      if (pmi_pipelined_mode == "off")
          sum_o3 = sum_o2;
      else
      begin
         if ( pmi_dataa_width <= 18 || pmi_datab_width <= 18 ||
              (pmi_dataa_width >= 19 && pmi_dataa_width <= 27 && pmi_datab_width >= 37 && pmi_datab_width <= 45) ||
              (pmi_datab_width >= 19 && pmi_datab_width <= 27 && pmi_dataa_width >= 37 && pmi_dataa_width <= 45) )
            sum_o3 = sum_o2;
         else
            sum_o3 = sum_reg3;
      end
    end

    assign SUM = sum_o3;

    assign SROA = a1_sig_p;
    assign SROB = b1_sig_p;
//pragma translate_on

endmodule